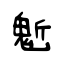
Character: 鬿